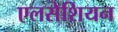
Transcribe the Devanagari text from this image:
एलसेशियन